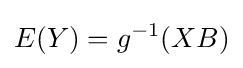
E(Y)=g^{-1}(XB)